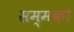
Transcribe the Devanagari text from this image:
सम्मको